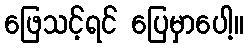
ဖြေသင့်ရင် ပြေမှာပေါ့။